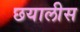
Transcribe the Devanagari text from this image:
छयालीस